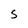
Character: S